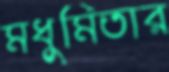
মধুমিতার